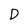
Character: D